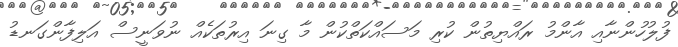
ފުލުހުންނާއި އާންމު ރައްޔިތުން ކުރި މަސައްކަތްކުން މާ ގިނަ އިރުތަކެއް ނުވަނީސް އަލިފާންގަނޑު